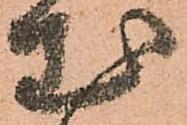
出